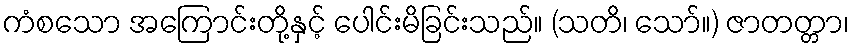
ကံစသော အကြောင်းတို့နှင့် ပေါင်းမိခြင်းသည်။ (သတိ၊ သော်။) ဇာတတ္တာ၊